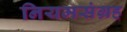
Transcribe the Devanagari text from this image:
नियमसंग्रह